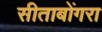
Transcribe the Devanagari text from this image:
सीताबोंगरा